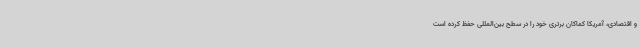
و اقتصادی، آمریکا کماکان برتری خود را در سطح بین‌المللی حفظ کرده است